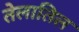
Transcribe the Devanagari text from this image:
तेलातिल